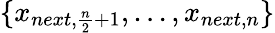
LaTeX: \{ x_{next,\frac{n}{2}+1},...,x_{next,n}\}